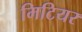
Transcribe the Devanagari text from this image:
मिटियर